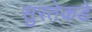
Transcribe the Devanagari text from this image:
सुरतेकडे